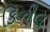
કિઝીલ